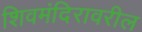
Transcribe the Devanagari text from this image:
शिवमंदिरावरील